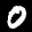
Label: 0